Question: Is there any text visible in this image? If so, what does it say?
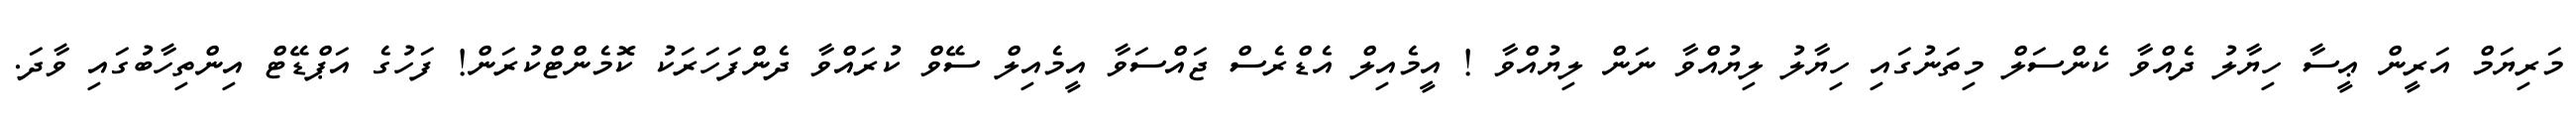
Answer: މަރިޔަމް އަރީން ޢީސާ ހިޔާލު ދެއްވާ ކެންސަލް މިތަނުގައި ހިޔާލު ލިޔުއްވާ ނަން ލިޔުއްވާ ! އީމެއިލް އެޑްރެސް ޖައްސަވާ އީމެއިލް ސޭވް ކުރައްވާ ދެންފަހަރަކު ކޮމެންޓްކުރަން! ފަހުގެ އަޕްޑޭޓް އިންތިހާބުގައި ވާދަ.